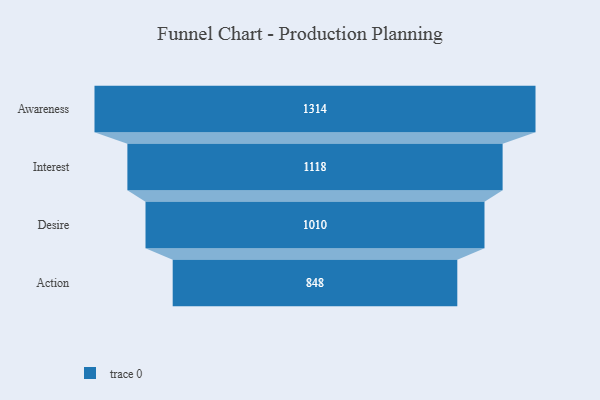
{"axis": {"x": "Stage", "y": "Value"}, "legend": [""], "data": [{"x": "Awareness", "y": 1314.0, "type": ""}, {"x": "Interest", "y": 1118.0, "type": ""}, {"x": "Desire", "y": 1010.0, "type": ""}, {"x": "Action", "y": 848.0, "type": ""}]}